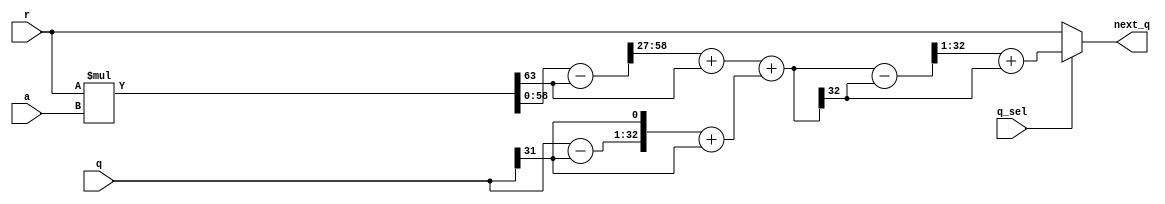
module levinson_q (
        input   wire q_sel,
        input   wire signed [31:0] r,
        input   wire signed [31:0] a,
        input   wire signed [31:0] q,
        output  wire signed [31:0] next_q
    );

    wire signed [63:0] prod, prod_s, prod_o;
    wire signed [31:0] prod_t;
    assign prod = r * a; // a * 2^(-33) * b * 2^(-28) = ab * 2^(-34) * 2^(-27)
    assign prod_o = prod - prod[63];
    assign prod_s = prod_o >>> 27;
    assign prod_t = prod_s[31:0] + prod[63];

    wire signed [31:0] q_o;
    wire signed [32:0] q_s, q_t;
    assign q_o = q - q[31];
    assign q_s = {q_o, {q[31]}};
    assign q_t = q_s + q[31];

    wire [32:0] mad, mad_o;
    wire [31:0] mad_t, mad_s;
    assign mad = prod_t + q_t;
    assign mad_o = mad - mad[32];
    assign mad_s = {mad_o[32:1]};
    assign mad_t = mad_s + mad[32];

    assign next_q = q_sel ? mad_t : r;

endmodule